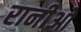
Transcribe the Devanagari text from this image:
रानीओ